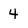
Character: 4